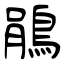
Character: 鵑